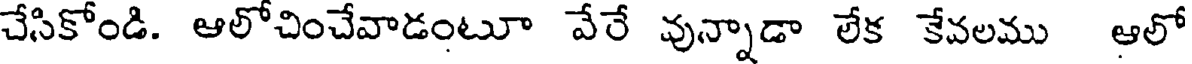
చేసికోండి. ఆలోచించేవాడంటూ వేరే వున్నాడా లేక కేవలము ఆలో